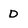
Character: D